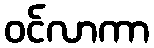
ဝင်လာကာ